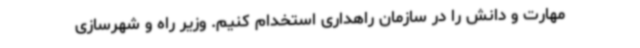
مهارت و دانش را در سازمان راهداری استخدام کنیم. وزیر راه و شهرسازی